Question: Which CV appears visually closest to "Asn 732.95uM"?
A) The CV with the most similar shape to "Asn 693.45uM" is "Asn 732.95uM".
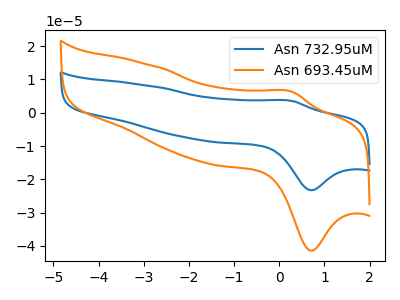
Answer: <think>The blue curve "Asn 732.95uM" has an anodic peak at (0.30V, 3.55uA) and a cathodic peak at (0.70V, -23.25uA). The orange curve "Asn 693.45uM" has an anodic peak at (0.30V, 6.30uA) and a cathodic peak at (0.70V, -41.45uA).
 All the peaks in "Asn 732.95uM" have a peak in "Asn 693.45uM" at the same potential. Every peak in "Asn 732.95uM" is lower than every peak in "Asn 693.45uM".</think>
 <answer>A) The CV with the most similar shape to "Asn 693.45uM" is "Asn 732.95uM".</answer>
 <eval>A</eval>